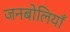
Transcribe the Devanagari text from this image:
जनबोलियाँ